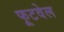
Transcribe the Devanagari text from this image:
फूटवेल